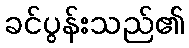
ခင်ပွန်းသည်၏